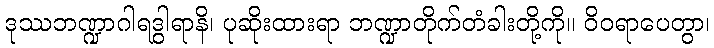
ဒုဿဘဏ္ဍာဂါရဒွါရာနိ၊ ပုဆိုးထားရာ ဘဏ္ဍာတိုက်တံခါးတို့ကို။ ဝိဝရာပေတွာ၊